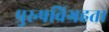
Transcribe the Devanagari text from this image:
पुरुषविग्रहता